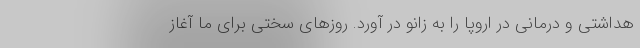
هداشتی و درمانی در اروپا را به زانو در آورد. روزهای سختی برای ما آغاز